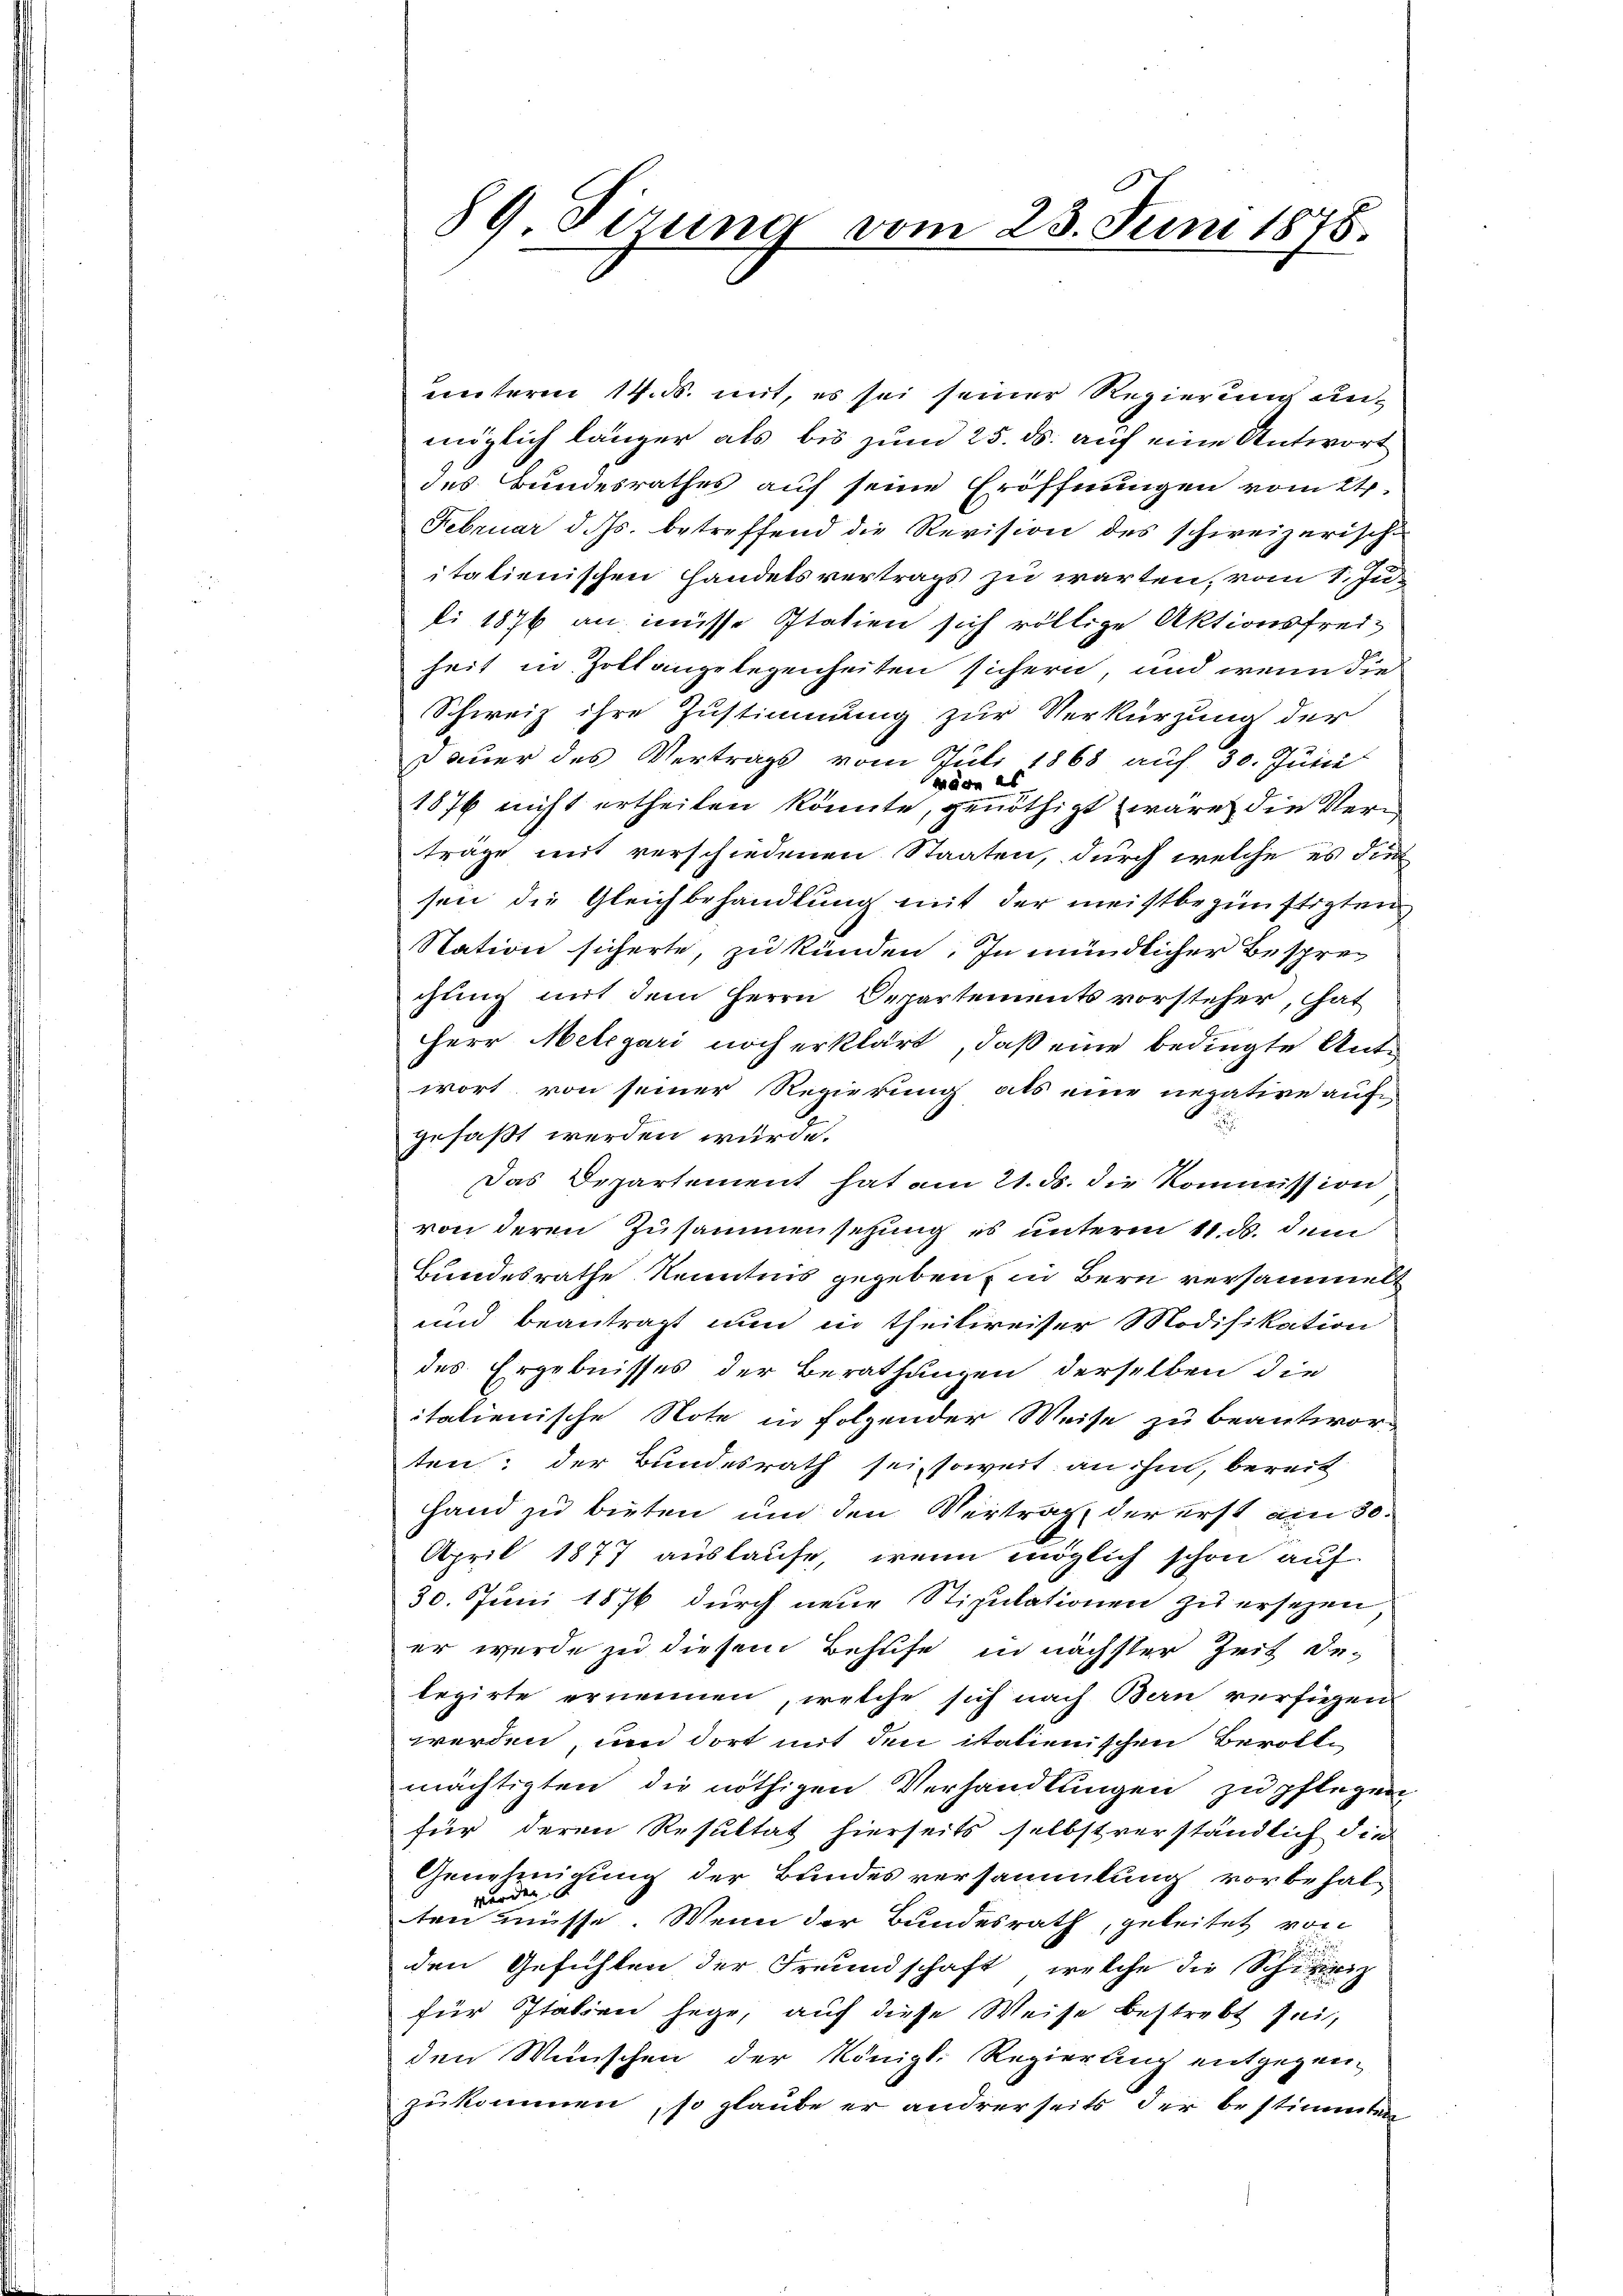
89 Tirung vom 23. Juni 1875.

unterm 14. ds. mit, es sei seiner Regierung unmöglich länger als bis zum 25. ds. auf eine Antwort
des Bundesrathes auf seine Eröffnungen vom 24.
Februar d. Js. betreffend die Revision des schweizerische
itatienischen Handelsvertrags zu warten, vom 1. Ju
li 1876 an insse Italien sich völlige Aktionsfreiheit in Zollangelegenheiten sichern, und wenn die
Schweiz ihre Zustimmung zur Verkürzung der
dauer des Vertrags vom Juli 1868 auf 30. Juni
wäre es
1876 nicht ertheilen könnte, genöthigt waren die Verträge mit verschiedenen Staaten, durch welche es dies
sen die Gleichbehandlung mit der meistbegünstigten
Station sicherte, zu künden. In mündlicher Besprec
chung mit dem Herrn Departements vorsteher, hat
Herr Melegari noch erklärt, daß eine bedingte Antwort von seiner Regierung als eine negative auf-
2
gefaßt werden würde.
Das Departement hat am 21. ds. die Kommission
von deren Zusammensetzung es unterm 11 d. dem
Bundesrathe Kenntnis gegeben, in Bern versammel
und beantragt nun in Theilweiser Modifikation
des Ergebnisses der Berathungen derselben die
itationische Note in folgender Weise zu beantwor-
ten; der Bundesrath sei, soweit an ihm, bereit
Hand zu bieten und den Vertrag der erst am 30.
April 1877 auslaufe, wenn möglich schon auf
30. Juni 1876 durch neue Stipulationen zu ersehen
er werde zu diesem Behufe in nächster Zeit de-
legirte ernennen, welche sich nach Bern verfügen
werden, und dort mit den italienischen Berolle
mächtigten die nöthigen Verhandlungen zu pflegen
für deren Resultat hierseits selbstverständlich die
Genehmigung der Bundesversammlung vorbehalwerden
ten müsse. Wenn der Bundesrath, geleitet von
den Gefühlen der Freundschaft, welche die Schirrig
für Italien hege, auf diese Weise bestrebt sei,
den Wünschen der Königl. Regierung entgegen,
zukommen, so glaube er andrerseits der bestimmten